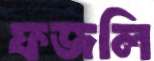
ফজলি